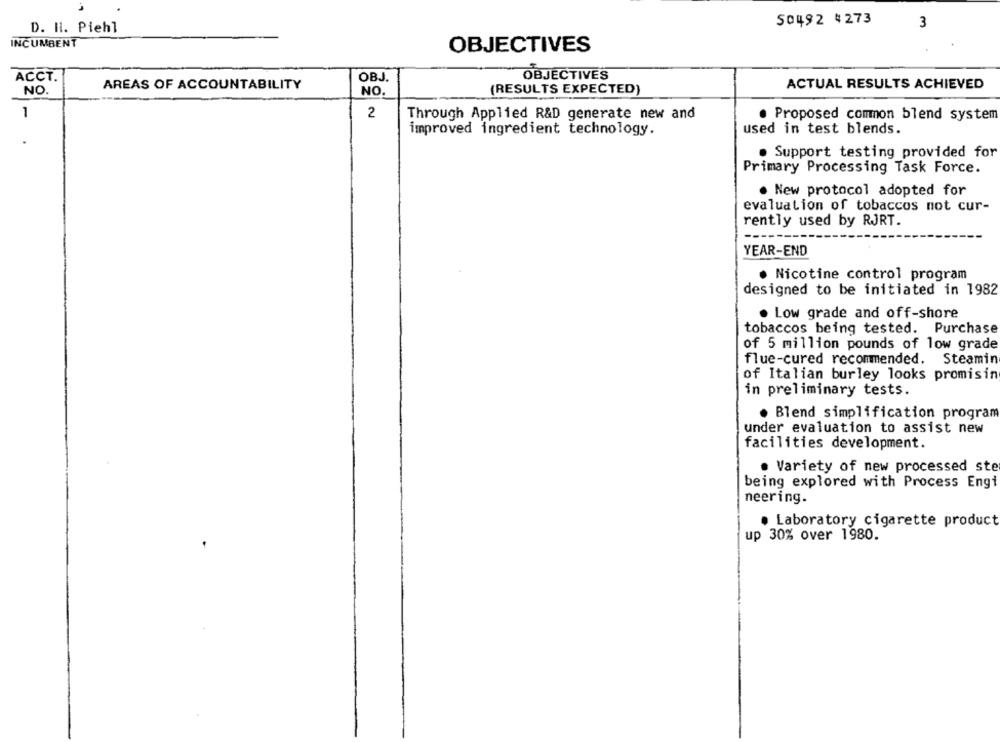
50492 4273
D. H. Piehl
3
INCUMBENT
OBJECTIVES
ACCT.
OBJ.
OBJECTIVES
NO.
AREAS OF ACCOUNTABILITY
NO.
(RESULTS EXPECTED)
ACTUAL RESULTS ACHIEVED
1
2
Through Applied R&D generate new and
· Proposed common blend system
improved ingredient technology.
used in test blends.
. Support testing provided for
Primary Processing Task Force.
· New protocol adopted for
evaluation of tobaccos not cur-
rently used by RJRT.
YEAR-END
· Nicotine control program
designed to be initiated in 1982
. Low grade and off-shore
tobaccos being tested. Purchase
of 5 million pounds of low grade
flue-cured recommended. Steamin
of Italian burley looks promising
in preliminary tests.
. Blend simplification program
under evaluation to assist new
facilities development.
. Variety of new processed ste
being explored with Process Engi
neering.
. Laboratory cigarette product
up 30% over 1980.